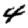
Digit: 4